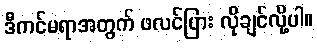
ဒီကင်မရာအတွက် ဖလင်ပြား လိုချင်လို့ပါ။